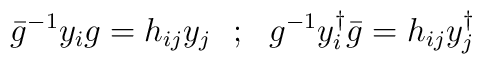
\bar{g}^{-1} y_i g = h_{ij}y_j~~;~~ g^{-1} y_i^{\dagger} \bar{g}=h_{ij}y^\dagger_j